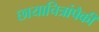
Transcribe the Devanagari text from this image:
छायाचित्रांपैकी